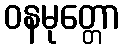
ဝနမုတ္တော